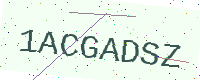
Text: 1ACGADSZ